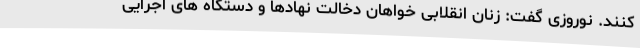
کنند. نوروزی گفت: زنان انقلابی خواهان دخالت نهادها و دستگاه های اجرایی